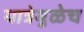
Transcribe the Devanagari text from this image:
यात्रेमुळेच